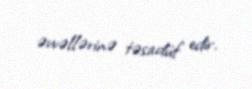
əvvəllərinə təsadüf edir.